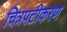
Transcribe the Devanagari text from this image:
चित्रपटीकरण